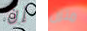
إن متزن